Rangoon Lunatic Asylum 1898-1906 - 1898-1906
Year: 1898
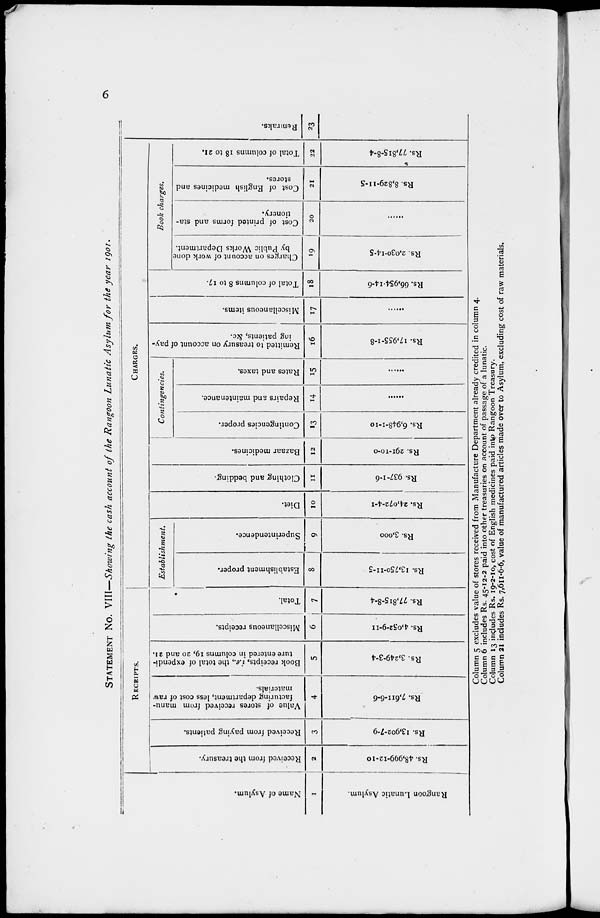
6
STATEMENT No. VIII—Showing the cash account of the Rangoon Lunatic Asylum for the year 1901.
Na me of Asylum.
1
Rangoon Lunatic Asylum.
RECEIPTS.
Received from the treasury.
2
Rs. 48,999-12-10
Received from paying patients.
3
Rs. 13,902-7-9
Value of stores received from manu-
facturing department, less cost of raw
materials.
4
Rs. 7,611-6-6
Book receipts, i.e., the total of expendi-
ture entered in columns 19, 20 and 21.
5
Rs. 3,249-3-4
Miscellaneous receipts.
6
Rs. 4,052-9-11
Total.
7
Rs. 77,815-8-4
CHARGES.
Establishment.
Establishment proper.
8
Rs. 13,750-11-5
Superintendence.
9
Rs. 3,000
Diet.
10
Rs, 24,072-4-1
Clothing and bedding.
11
Rs. 937-1-6
Bazaar medicines.
12
Rs. 291-10-0
Contingencies.
Contingencies proper.
13
Rs. 6,948-1-10
Repairs and maintenance.
14
......
Rates and taxes.
15
......
Remitted to treasury on account of pay-
ing patients, &c.
16
Rs. 17,955-1-8
Miscellaneous items.
17
......
Total of columns 8 to 17.
18
Rs. 66,954-14-6
Book charges.
Charges on account of work done
by Public Works Department.
19
Rs. 2,030-14-5
Cost of printed forms and sta-
tionery.
20
......
Cost of English medicines and
stores.
21
Rs. 8,829-11-5
Total of columns 18 to 21.
22
Rs. 77,815-8-4
Remarks.
23
Column 5 excludes value of stores received from Manufacture Department already credited in column 4.
Column 6 includes Rs. 45-12-2 paid into other treasuries on account of passage of a lunatic.
Column 13 includes Rs. 19-2-10, cost of English medicines paid into Rangoon Treasury.
Column 21 includes Rs. 7,611-6-6, value of manufactured articles made over to Asylum, excluding cost of raw materials.